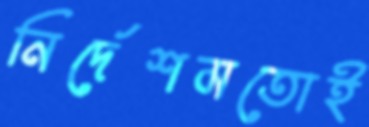
নির্দেশমতোই